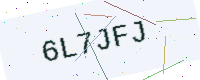
Text: 6L7JFJ